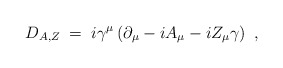
\begin{align*}D_{A,Z} \;=\; i \gamma^\mu \left( \partial_\mu - i A_\mu - i Z_\mu \gamma \right)~,\end{align*}